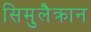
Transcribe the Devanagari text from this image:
सिमुलैक्रान